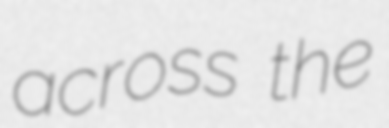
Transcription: across the